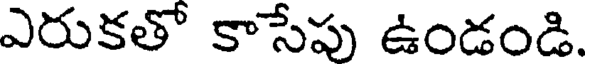
ఎరుకతో కాసేపు ఉండండి.